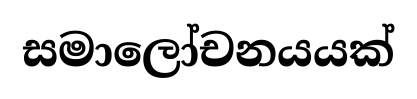
සමාලෝචනයයක්